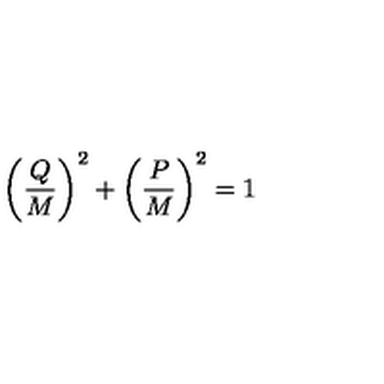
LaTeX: \left( { \frac { Q } { M } } \right) ^ { 2 } + \left( { \frac { P } { M } } \right) ^ { 2 } = 1